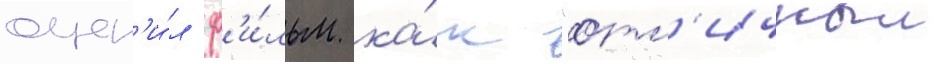
оцен'и́л ф'и́льм ка́к "отл'ичныи